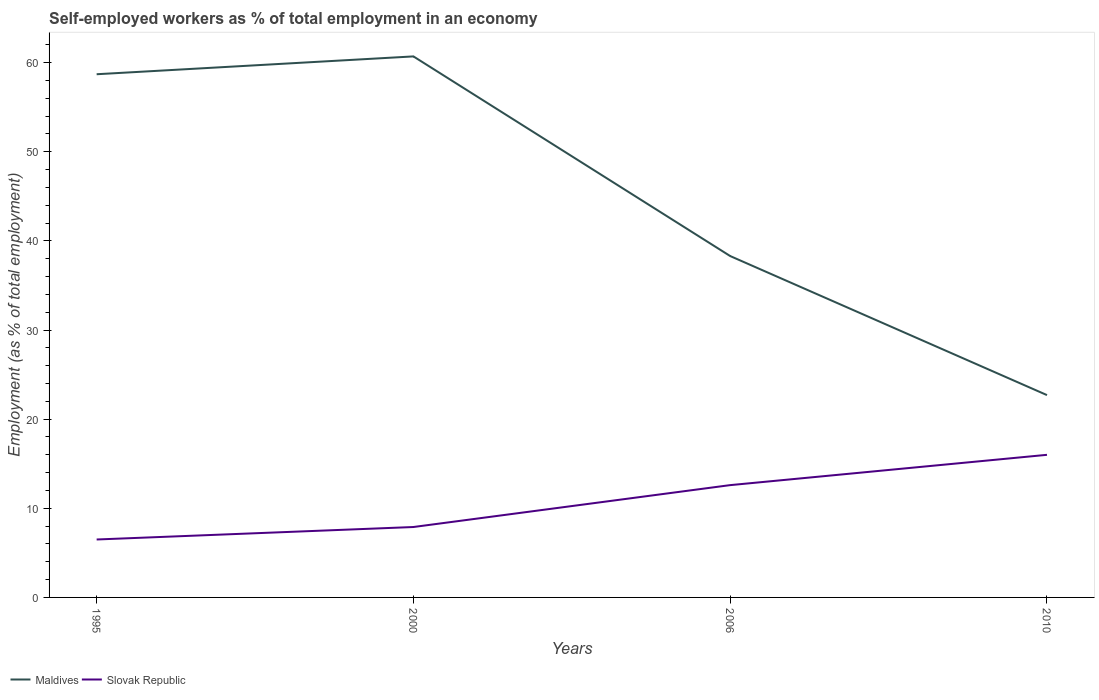
| Years | Maldives | Slovak Republic |
 | --- | --- | --- |
 | 1995 | 58.7 | 6.5 |
 | 2000 | 60.7 | 7.9 |
 | 2006 | 38.3 | 12.6 |
 | 2010 | 22.7 | 16 |